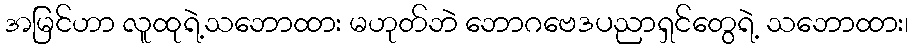
အမြင်ဟာ လူထုရဲ့သဘောထား မဟုတ်ဘဲ ဘောဂဗေဒပညာရှင်တွေရဲ့ သဘောထား၊